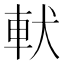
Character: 𲄳